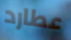
عطارد